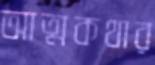
আত্মকথার